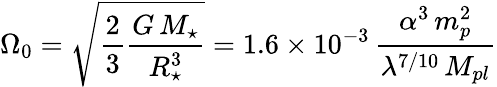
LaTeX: \Omega_{0}=\sqrt{\frac 23\frac{G\, M_{\star}}{R_{\star}^{3}}}=1.6\times 10^{-3}\, \frac{\alpha^{3}\, m_{p}^{2}}{\lambda^{7/10}\, M_{pl}}